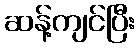
ဆန့်ကျင်ပြီး